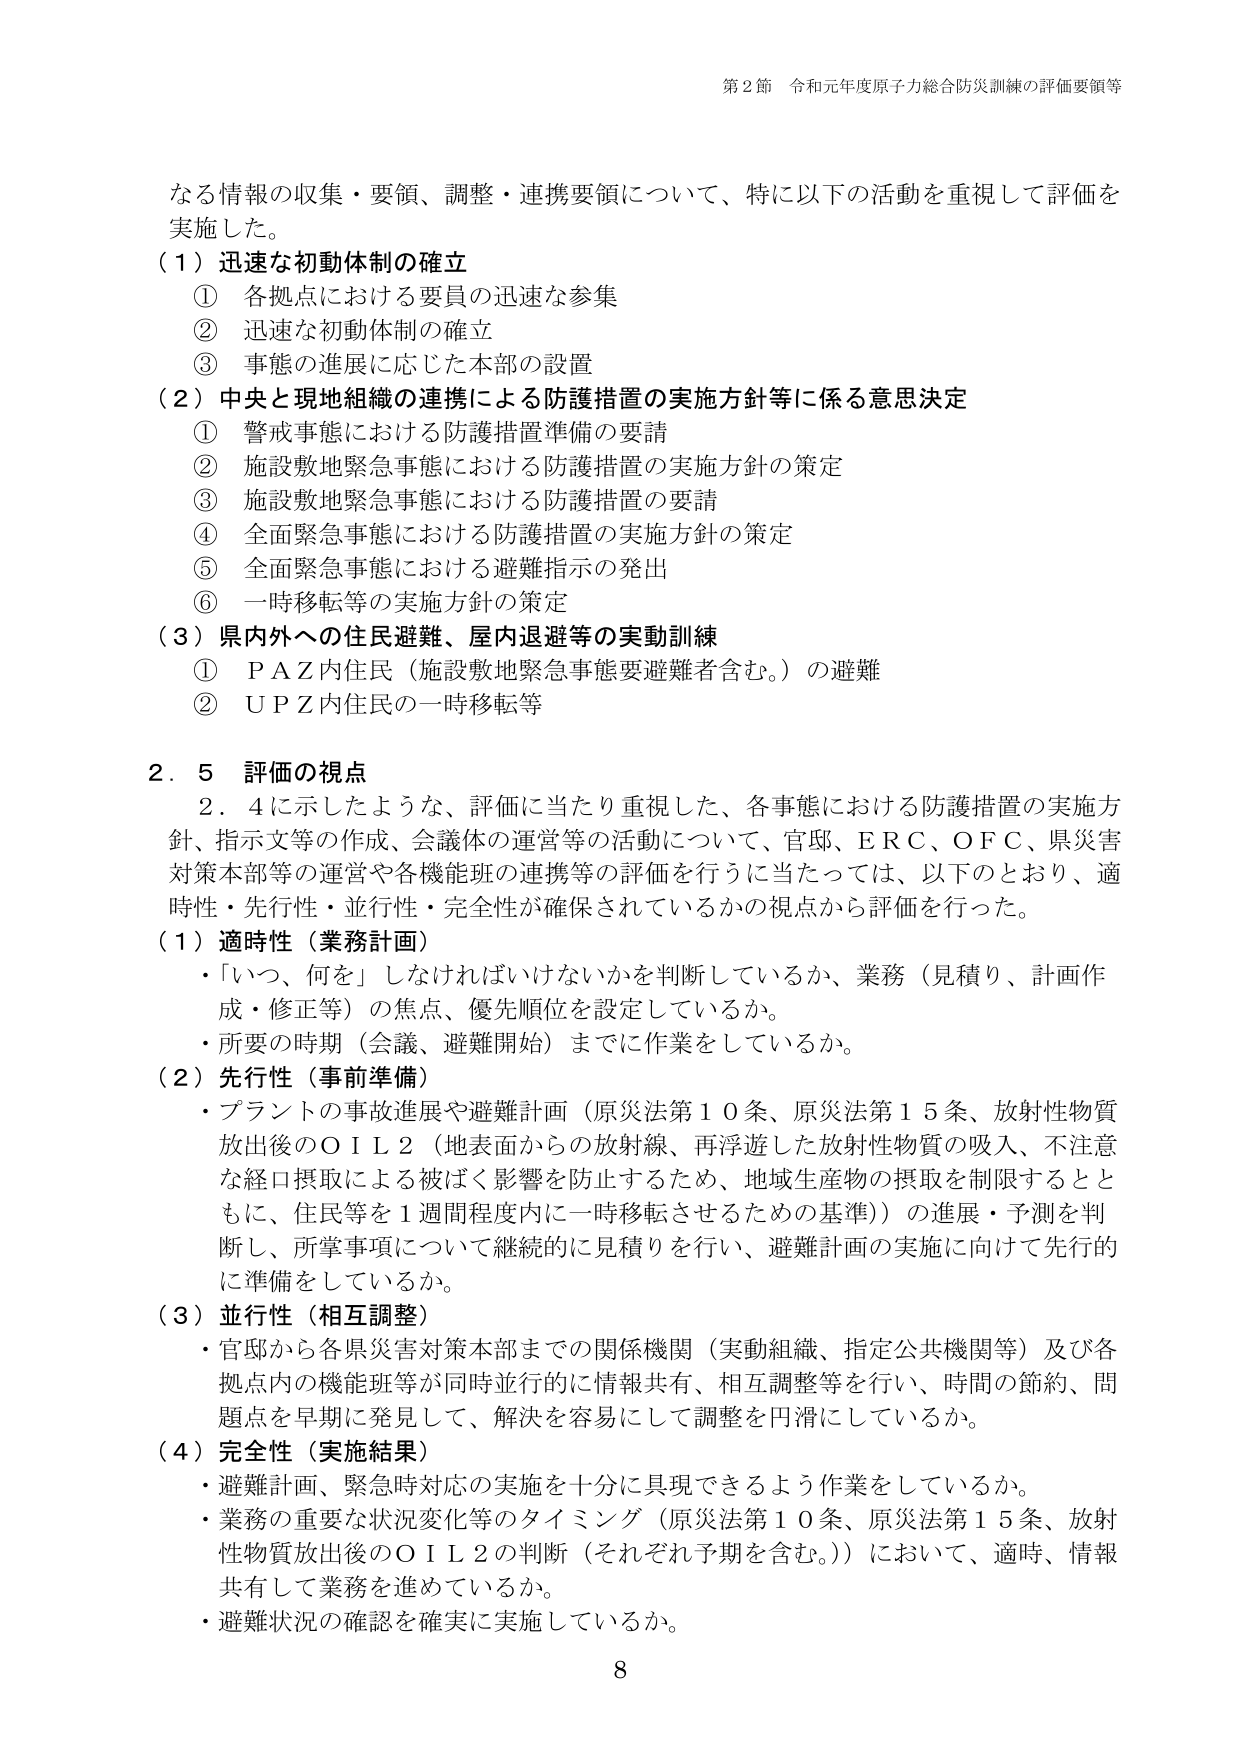
第2節 令和元年度原子力総合防災訓練の評価要領等

なる情報の収集・要領、調整・連携要領について、特に以下の活動を重視して評価を
実施した。
（1）迅速な初動体制の確立
　① 各拠点における要員の迅速な参集
　② 迅速な初動体制の確立
　③ 事態の進展に応じた本部の設置
（2）中央と現地組織の連携による防護措置の実施方針等に係る意思決定
　① 警戒事態における防護措置準備の要請
　② 施設敷地緊急事態における防護措置の実施方針の策定
　③ 施設敷地緊急事態における防護措置の要請
　④ 全面緊急事態における防護措置の実施方針の策定
　⑤ 全面緊急事態における避難指示の発出
　⑥ 一時移転等の実施方針の策定
（3）県内外への住民避難、屋内退避等の実動訓練
　① ＰＡＺ内住民（施設敷地緊急事態要避難者含む。）の避難
　② ＵＰＺ内住民の一時移転等

2．5 評価の視点
　2．4に示したような、評価に当たり重視した、各事態における防護措置の実施方
針、指示文等の作成、会議体の運営等の活動について、官邸、ＥＲＣ、ＯＦＣ、県災害
対策本部等の運営や各機能班の連携等の評価を行うに当たっては、以下のとおり、適
時性・先行性・並行性・完全性が確保されているかの視点から評価を行った。
（1）適時性（業務計画）
　・「いつ、何を」しなければいけないかを判断しているか、業務（見積り、計画作
　成・修正等）の焦点、優先順位を設定しているか。
　・所要の時期（会議、避難開始）までに作業をしているか。
（2）先行性（事前準備）
　・プラントの事故進展や避難計画（原災法第10条、原災法第15条、放射性物質
　放出後のＯＩＬ2（地表面からの放射線、再浮遊した放射性物質の吸入、不注意
　な経口摂取による被ばく影響を防止するため、地域生産物の摂取を制限するとと
　もに、住民等を1週間程度内に一時移転させるための基準））の進展・予測を判
　断し、所掌事項について継続的に見積りを行い、避難計画の実施に向けて先行的
　に準備をしているか。
（3）並行性（相互調整）
　・官邸から各県災害対策本部までの関係機関（実動組織、指定公共機関等）及び各
　拠点内の機能班等が同時並行的に情報共有、相互調整等を行い、時間の節約、問
　題点を早期に発見して、解決を容易にして調整を円滑にしているか。
（4）完全性（実施結果）
　・避難計画、緊急時対応の実施を十分に具現できるよう作業をしているか。
　・業務の重要な状況変化等のタイミング（原災法第10条、原災法第15条、放射
　性物質放出後のＯＩＬ2の判断（それぞれ予期を含む。））において、適時、情報
　共有して業務を進めているか。
　・避難状況の確認を確実に実施しているか。

8